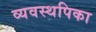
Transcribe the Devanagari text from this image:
व्यवस्थपिका